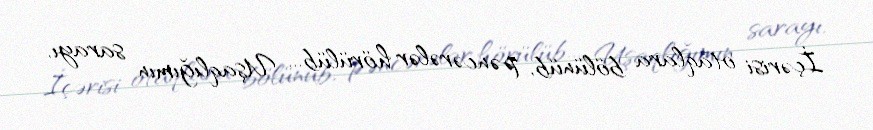
İçərisi otaqlara bölünüb, pəncərələr hörülüb... Uşaqlığımın sarayı,